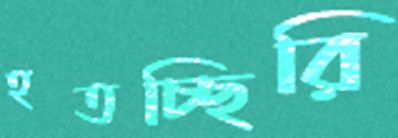
হতচ্ছিরি